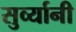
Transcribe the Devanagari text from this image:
सुर्व्यानी